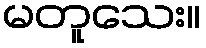
မတူသေး။